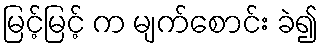
မြင့်မြင့် က မျက်စောင်း ခဲ၍